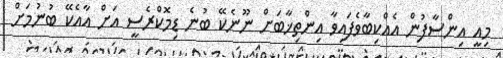
މިއީ އިންސާފުން އެއްކިބާވެފައިވާ އިންތިޚާބަށް ނޫނެކޭ ބުނެ ޑިމޮކްރެސީ އަށް އާއެކޭ ބުނުމަށް